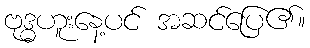
ဗုဒ္ဓဟူးနေ့ပင် အဆင်ပြေ၏။